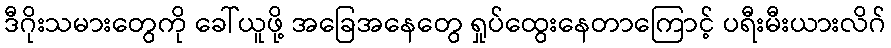
ဒီဂိုးသမားတွေကို ခေါ်ယူဖို့ အခြေအနေတွေ ရှုပ်ထွေးနေတာကြောင့် ပရီးမီးယားလိဂ်